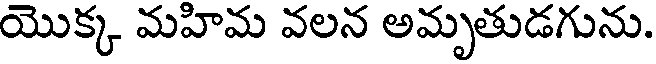
యొక్క మహిమ వలన అమృతుడగును.